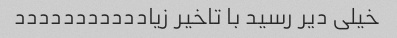
خیلی دیر رسید با تاخیر زیاددددددددددد